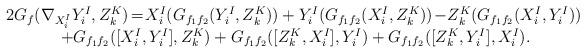
LaTeX: \begin{align*}\begin{array}{ll}2{G_{f}}(\nabla_{X_i^I}\!\!\!\!\!&Y_i^I,Z_k^K) \!=\!X_i^I({G_{f_1f_2}}(Y_i^I,Z_k^K))+Y_i^I({G_{f_1f_2}}(X_i^I,Z_k^K))\!-\!Z_k^K({G_{f_1f_2}}(X_i^I,Y_i^I))\\&\!\!\!\!+{G_{f_1f_2}}([X_i^I,Y_i^I],Z_k^K)+{G_{f_1f_2}}([Z_k^K,X_i^I],Y_i^I)+{G_{f_1f_2}}([Z_k^K,Y_i^I], X_i^I).\end{array}\end{align*}